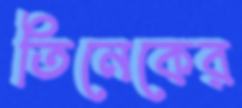
তিনেকের